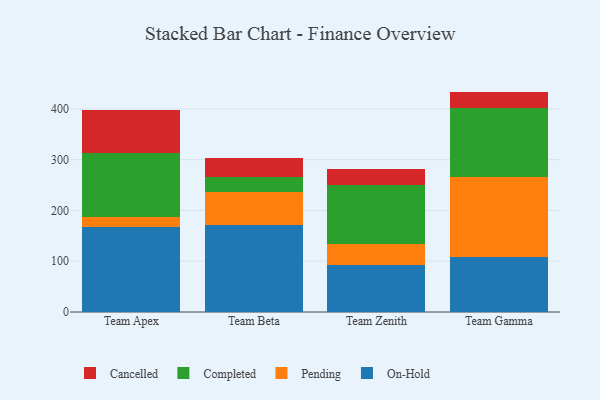
{"axis": {"x": "Team", "y": "Budget (USD K)"}, "legend": ["Cancelled", "Completed", "On-Hold", "Pending"], "data": [{"x": "Team Apex", "y": 166.5, "type": "On-Hold"}, {"x": "Team Apex", "y": 20.7, "type": "Pending"}, {"x": "Team Apex", "y": 125.9, "type": "Completed"}, {"x": "Team Apex", "y": 84.6, "type": "Cancelled"}, {"x": "Team Beta", "y": 171.5, "type": "On-Hold"}, {"x": "Team Beta", "y": 64.5, "type": "Pending"}, {"x": "Team Beta", "y": 29.8, "type": "Completed"}, {"x": "Team Beta", "y": 37.9, "type": "Cancelled"}, {"x": "Team Zenith", "y": 91.9, "type": "On-Hold"}, {"x": "Team Zenith", "y": 41.5, "type": "Pending"}, {"x": "Team Zenith", "y": 117.3, "type": "Completed"}, {"x": "Team Zenith", "y": 31.5, "type": "Cancelled"}, {"x": "Team Gamma", "y": 107.8, "type": "On-Hold"}, {"x": "Team Gamma", "y": 158.5, "type": "Pending"}, {"x": "Team Gamma", "y": 136.3, "type": "Completed"}, {"x": "Team Gamma", "y": 31.5, "type": "Cancelled"}]}